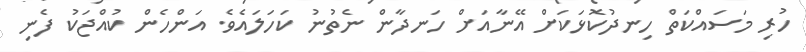
ހުރި މަސައްކަތް ހިނދުކޮޅަކަށް އޭނާއަށް ހަނދާން ނެތުނު ކަހަލައެވެ. އަންހެން ކުއްޖަކު ފެނި